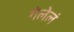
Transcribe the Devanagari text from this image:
गेलेलं